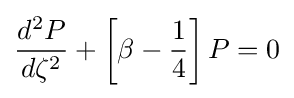
{\frac {d^{2}P}{d\zeta ^{2}}}+\left[\beta -{\frac {1}{4}}\right]P=0